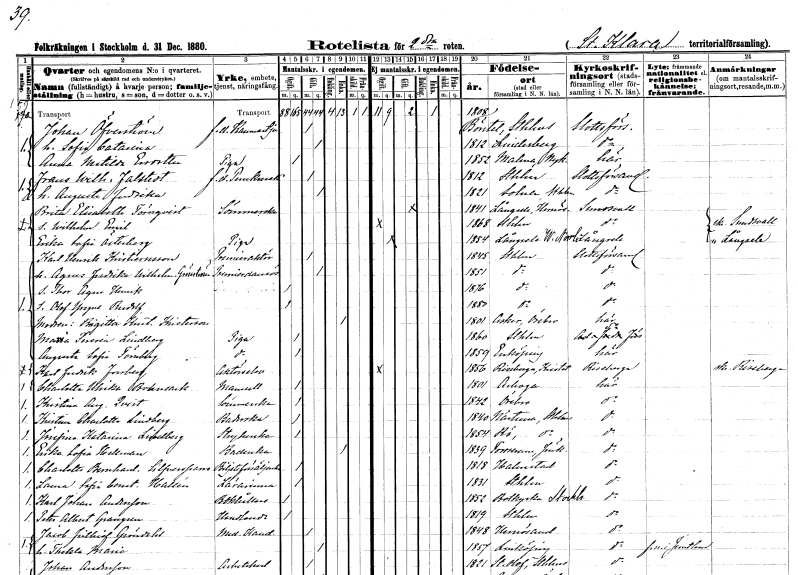
gt_parse: households: individuals: FN: Johan
EN: Öfverström
YRKE: Kammartjänare f.d.
KON: M
CIV: G
FODAR: 1808
FODFORS: Börstil Uppsala län
FN: Sofia Catarina
KON: K
CIV: G
FODAR: 1812
FODFORS: Lindesberg Örebro län
FN: Anna Matilda
EN: Ersdotter
YRKE: Piga
KON: K
CIV: O
FODAR: 1852
FODFORS: Malma Södermanlands län
FN: Frans Wilhelm
EN: Falstedt
YRKE: Perukmakare f.d.
KON: M
CIV: G
FODAR: 1812
FODFORS: Stockholm
FN: Augusta Fredrika
KON: K
CIV: G
FODAR: 1821
FODFORS: Solna Stockholms län
FN: Brita Elisabeth
EN: Törnqvist
YRKE: Sömmerska
KON: K
CIV: G
FODAR: 1841
FODFORS: Långsele Västernorrlands län
FN: Wilhelm Emil
KON: M
CIV: O
FODAR: 1868
FODFORS: Stockholm
FN: Erika Sofia
EN: Österberg
YRKE: Piga
KON: K
CIV: O
FODAR: 1854
FODFORS: Långsele Västernorrlands län
FN: Karl Henrik
EN: Kristiernsson
YRKE: Premieraktör
KON: M
CIV: G
FODAR: 1845
FODFORS: Stockholm
FN: Agnes Fredrika Wilhelmina
EN: Grönström
YRKE: Premierdansös
KON: K
CIV: G
FODAR: 1851
FODFORS: Stockholm
FN: Thor Agne Henrik
KON: M
CIV: O
FODAR: 1876
FODFORS: Stockholm
FN: Olof Yngve Rudolf
KON: M
CIV: O
FODAR: 1880
FODFORS: Stockholm
FN: Brigitta Kristina
EN: Kristerson
KON: K
CIV: E
FODAR: 1801
FODFORS: Asker Örebro län
FN: Maria Teresia
EN: Lindberg
YRKE: Piga
KON: K
CIV: O
FODAR: 1860
FODFORS: Stockholm
FN: Augusta Sofia
EN: Törnberg
YRKE: Piga
KON: K
CIV: O
FODAR: 1859
FODFORS: Enköping Uppsala län
FN: Karl Fredrik
EN: Forsberg
YRKE: Aktörelev
KON: M
CIV: O
FODAR: 1856
FODFORS: Riseberga Kristianstads län
FN: Charlotta Ulrika
EN: Bohnsack
KON: K
CIV: O
FODAR: 1801
FODFORS: Arboga Västmanlands län
FN: Kristina Augusta
EN: Qvist
YRKE: Sömmerska
KON: K
CIV: O
FODAR: 1842
FODFORS: Örebro Örebro län
FN: Kristina Charlotta
EN: Lindberg
YRKE: Baderska
KON: K
CIV: O
FODAR: 1840
FODFORS: Närtuna Stockholms län
FN: Josefina Katarina
EN: Lindberg
YRKE: Strykerska
KON: K
CIV: O
FODAR: 1854
FODFORS: Rö Stockholms län
FN: Erika Sofia
EN: Hellman
YRKE: Baderska
KON: K
CIV: E
FODAR: 1839
FODFORS: Forserum Jönköpings län
FN: Charlotta Bernhardina
EN: Silfversparre
YRKE: Biljettförsäljerska
KON: K
CIV: O
FODAR: 1818
FODFORS: Halmstad Hallands län
FN: Laura Sofia Constantia
EN: Hallén
YRKE: Lärarinna
KON: K
CIV: O
FODAR: 1831
FODFORS: Stockholm
FN: Karl Johan
EN: Andersson
YRKE: Bokhållare
KON: M
CIV: O
FODAR: 1852
FODFORS: Botkyrka Stockholms län
FN: Peter Albert
EN: Grangren
YRKE: Handlande
KON: M
CIV: O
FODAR: 1819
FODFORS: Stockholm